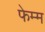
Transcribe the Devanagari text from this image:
फेम्म